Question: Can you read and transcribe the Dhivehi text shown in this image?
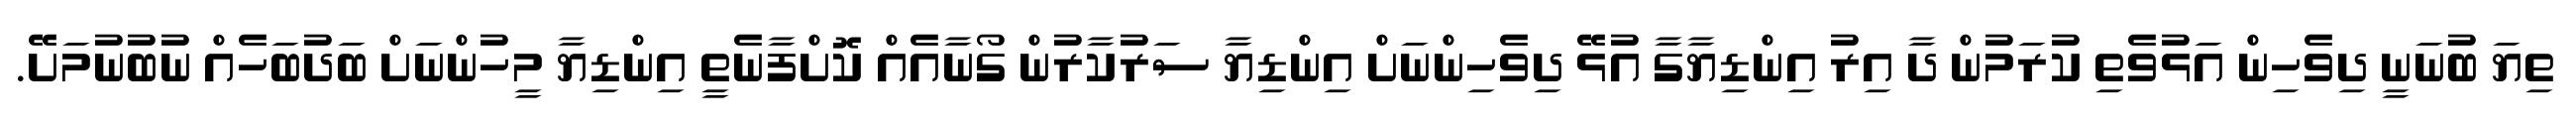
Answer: ތިޔަ ބުނަނީ ދިވެހިން އަޅުވެތި ކުރަމުން ދާ އިރު އިންޑިޔާގާ އުޅޭ ދިވެހިންނަށް އިންޑިޔާ ސަރުކާރުން ގޯނާއެއް ކޮށްފާނެތީ އިންޑިޔާ މީހުންނަށް ބަދުބަހެއް ނުބުނުމަށޭ.